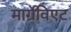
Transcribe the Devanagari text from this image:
मार्ग्रेविएट